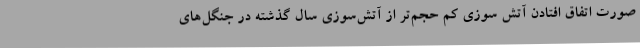
صورت اتفاق افتادن آتش سوزی کم حجم‌تر از آتش‌سوزی سال گذشته در جنگل‌های